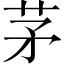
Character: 茅